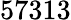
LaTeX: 57313